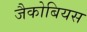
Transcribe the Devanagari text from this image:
जैकोबियस